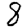
Digit: 8